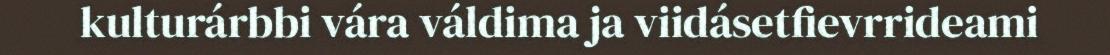
kulturárbbi vára váldima ja viidásetfievrrideami